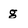
Character: g